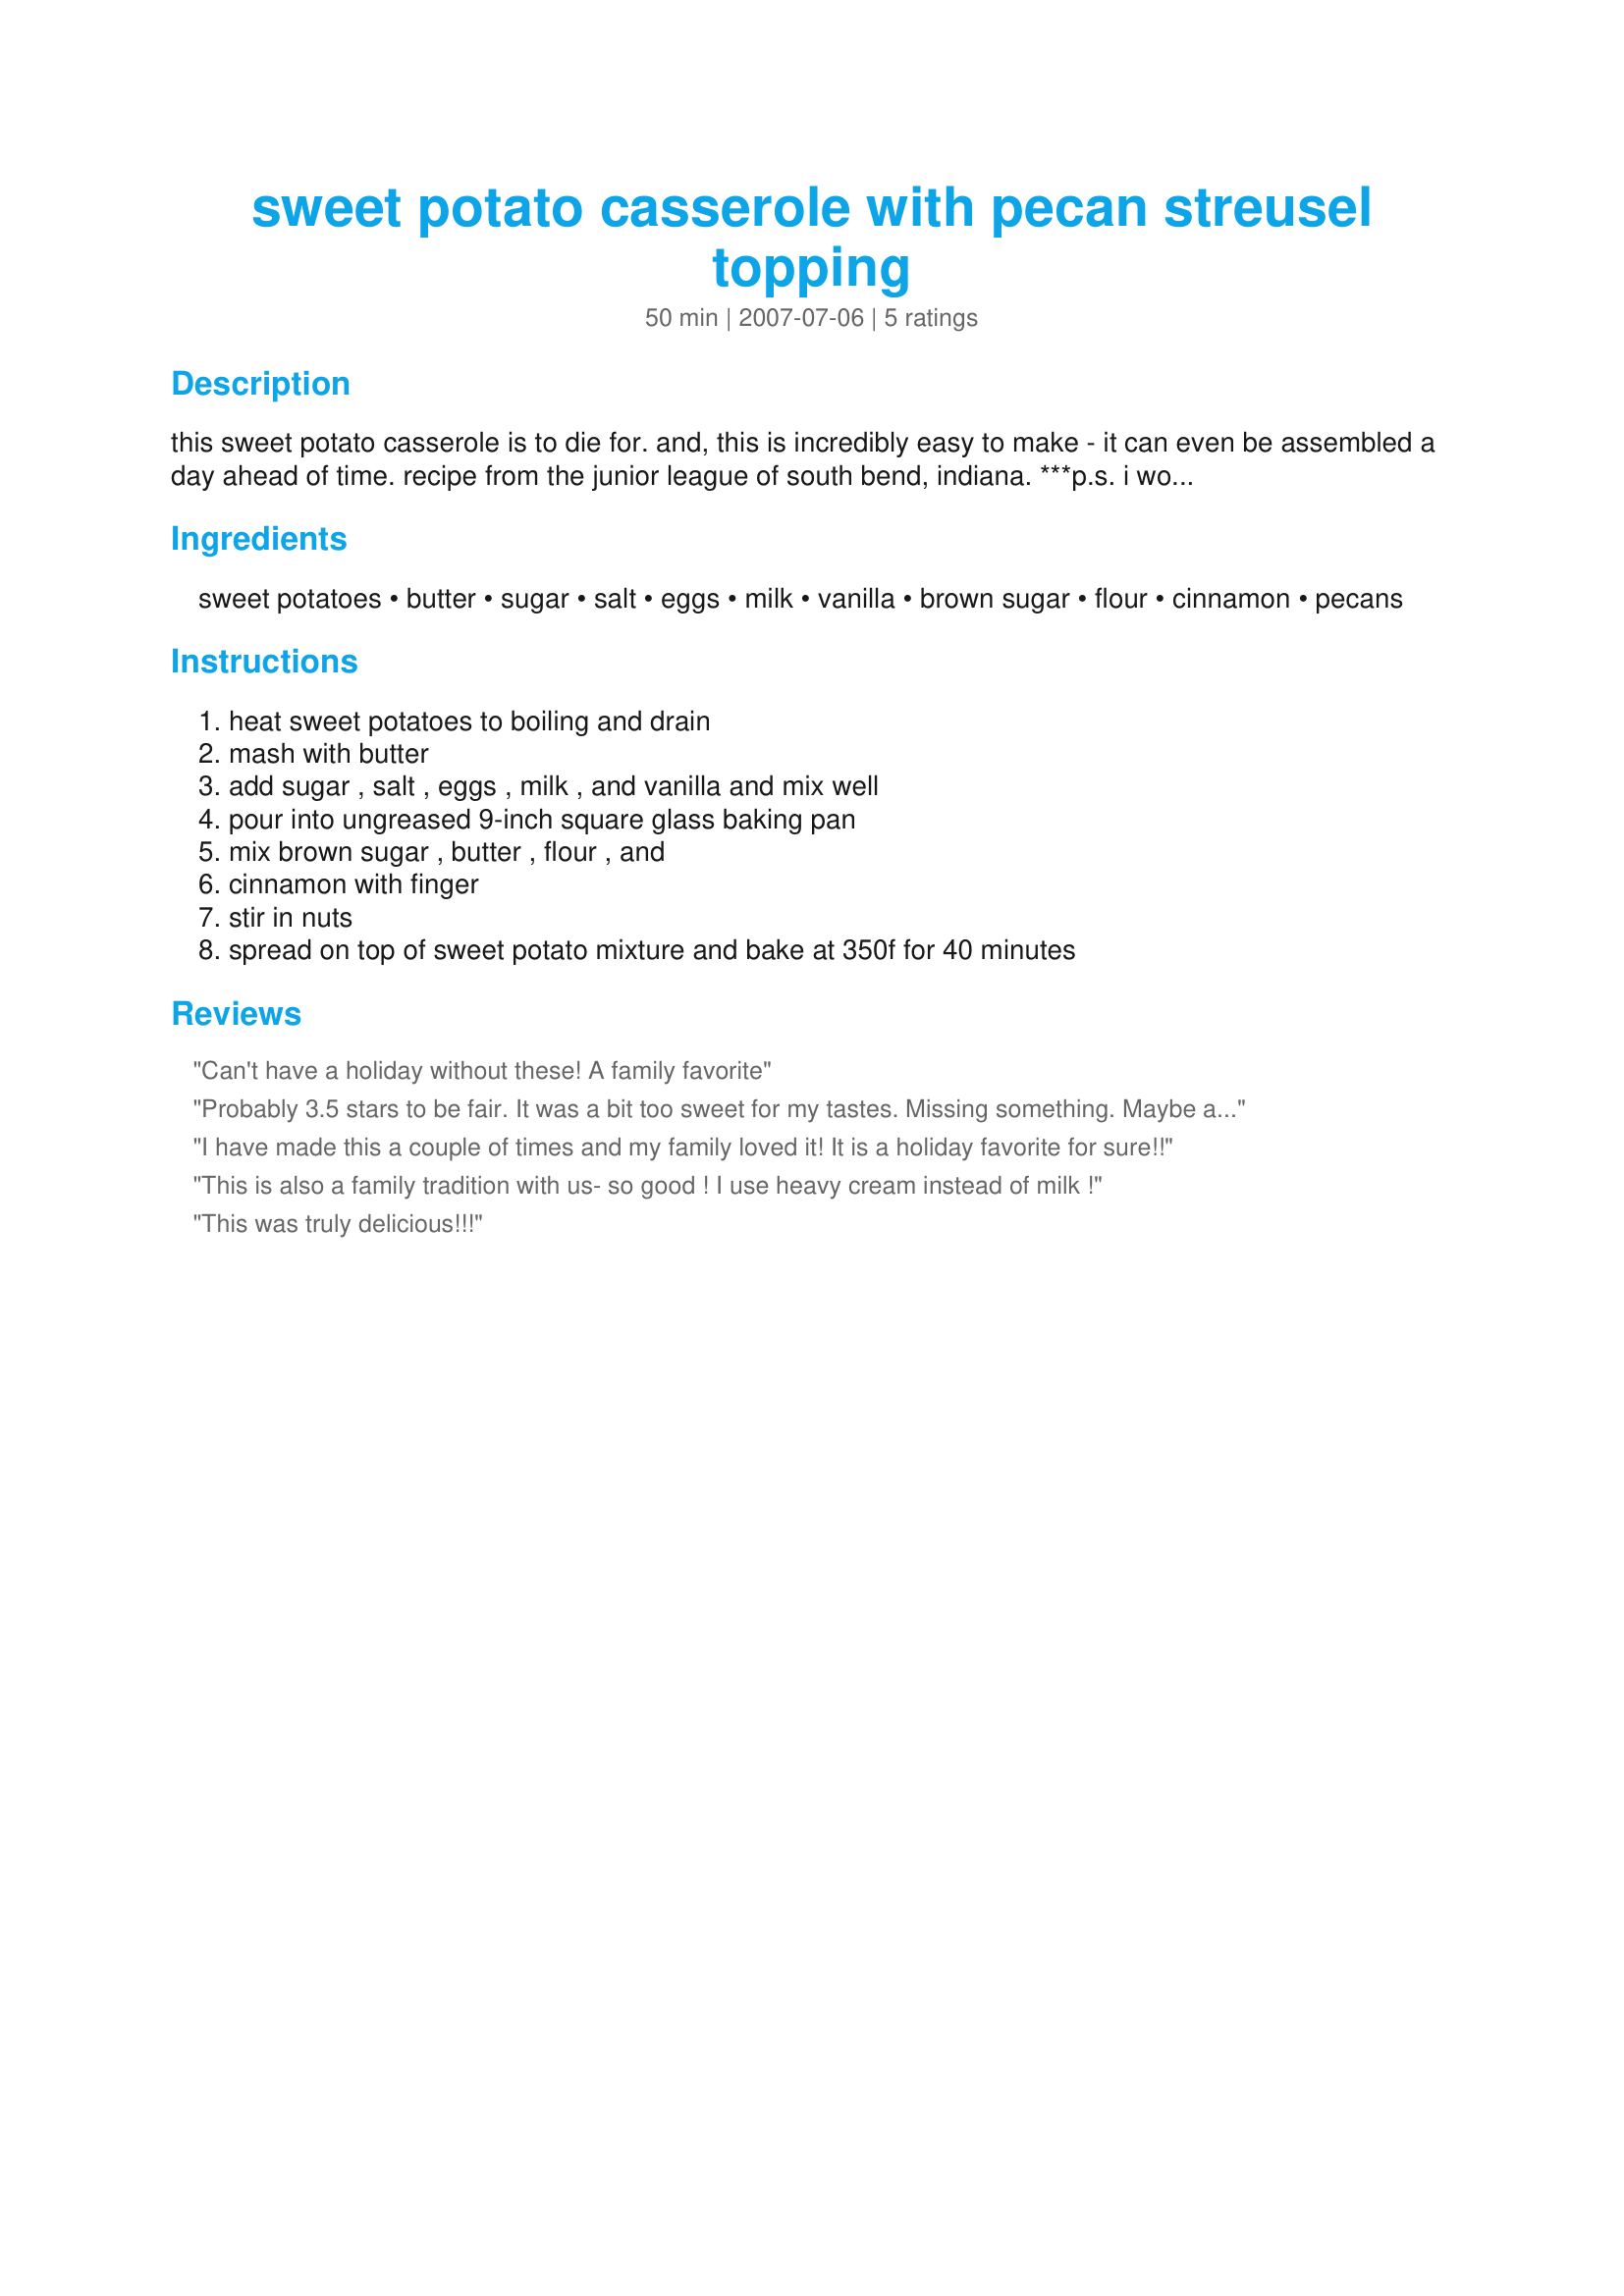
sweet potato casserole with pecan streusel topping
Preparation time: 50 minutes

this sweet potato casserole is to die for. and, this is incredibly easy to make - it can even be assembled a day ahead of time. recipe from the junior league of south bend, indiana. ***p.s. i would not recommend using oats on top as one of the reviewers of this recipe has done. it will spoil the dish.

Ingredients:
sweet potatoes, butter, sugar, salt, eggs, milk, vanilla, brown sugar, flour, cinnamon, pecans

Steps:
heat sweet potatoes to boiling and drain, mash with butter, add sugar , salt , eggs , milk , and vanilla and mix well, pour into ungreased 9-inch square glass baking pan, mix brown sugar , butter , flour , and, cinnamon with finger, stir in nuts, spread on top of sweet potato mixture and bake at 350f for 40 minutes

Reviews:
Can't have a holiday without these! A family favorite
Probably 3.5 stars to be fair. 

It was a bit too sweet for my tastes. Missing something. Maybe an icing or something to break up the heavy consistancy. I used oats on the sprinkle on top, but the consistancy wasn't crumbly and it was a bit lumpy and uneven.

My husband really loved it. It was fine. Tasty even. It just wasn't WOW BLOW ME OUT OF THE WATER. I think this could use some adjusting. I'm just not sure what...
I have made this a couple of times and my family loved it! It is a holiday favorite for sure!!
This is also a family tradition with us- so good ! I use heavy cream instead of milk !
This was truly delicious!!!
